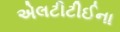
એલટીટીઈના